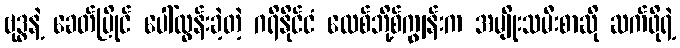
ဗုဒ္ဓနဲ့ ခေတ်ပြိုင် ပေါ်ထွန်းခဲ့တဲ့ ဂရိနိုင်ငံ လေစ်ဘို့စ်ကျွန်းက အမျိုးသမီးစာဆို ဆက်ဖိုရဲ့